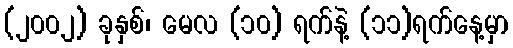
(၂၀၀၂) ခုနှစ်၊ မေလ (၁၀) ရက်နဲ့ (၁၁)ရက်နေ့မှာ